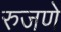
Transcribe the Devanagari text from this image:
रुजणे